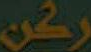
ركن